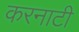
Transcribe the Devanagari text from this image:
करनाटी